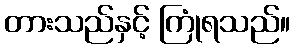
တားသည်နှင့် ကြုံရသည်။